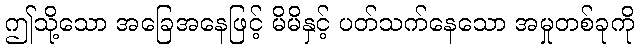
ဤသို့သော အခြေအနေဖြင့် မိမိနှင့် ပတ်သက်နေသော အမှုတစ်ခုကို